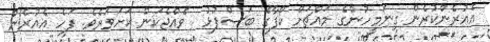
އެއުރެންކުރެން ގިނަމީހުންގެ މައްޗަށް ކޯފާގެ ބަސްފުޅު  ވެއްޖެކަން ކަށަވަރެވެ. ފަހެ އެއުރެން